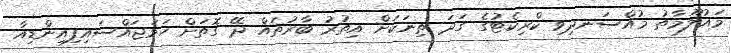
މައުލޫމާތު މުއްސަނދިވި ކްރިކެޓުގެ ގަދަ ތިނަކަށް އިތުރު ބާރުތައް ދޭ ގޮތަށް ހަމަޖައްސައިފިއިންޑިއާ